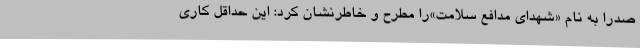
صدرا به نام «شهدای مدافع سلامت»را مطرح و خاطرنشان کرد: این حداقل کاری